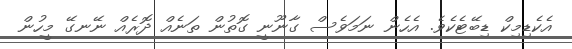
އެކެޑިމިކް ޑިބޭޓެކެވެ. އެހެން ނަމަވެސް ގާނޫނީ ގޮތުން ތަނެއް ދޮރެއް ނޭނގޭ މީހުން